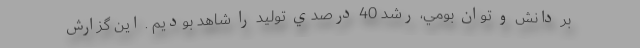
بر دانش و توان بومي، رشد 40 درصدي توليد را شاهد بوديم . این گزارش